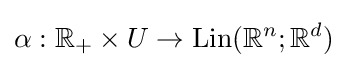
\alpha :\mathbb {R} _{+}\times U\to \operatorname {Lin} (\mathbb {R} ^{n};\mathbb {R} ^{d})